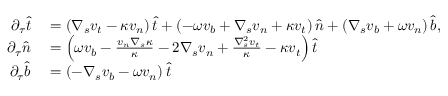
\begin{array} { r l } { \partial _ { \tau } \widehat { t } } & { { } = \left( \nabla _ { s } v _ { t } - \kappa v _ { n } \right) \widehat { t } + \left( - \omega v _ { b } + \nabla _ { s } v _ { n } + \kappa v _ { t } \right) \widehat { n } + \left( \nabla _ { s } v _ { b } + \omega v _ { n } \right) \widehat { b } , } \\ { \partial _ { \tau } \widehat { n } } & { { } = \left( \omega v _ { b } - \frac { v _ { n } \nabla _ { s } \kappa } { \kappa } - 2 \nabla _ { s } v _ { n } + \frac { \nabla _ { s } ^ { 2 } v _ { t } } { \kappa } - \kappa v _ { t } \right) \widehat { t } } \\ { \partial _ { \tau } \widehat { b } } & { { } = \left( - \nabla _ { s } v _ { b } - \omega v _ { n } \right) \widehat { t } } \end{array}